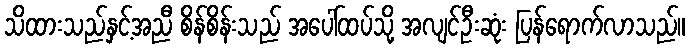
သိထားသည်နှင့်အညီ စိန်စိန်းသည် အပေါ်ထပ်သို့ အလျင်ဦးဆုံး ပြန်ရောက်လာသည်။